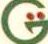
G